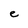
Character: e